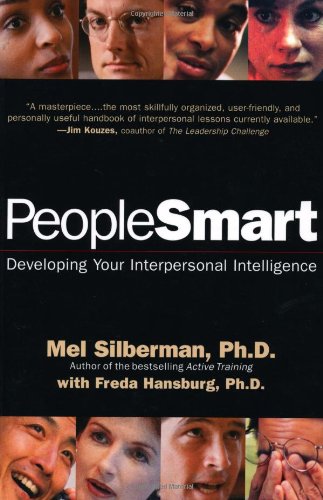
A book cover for PeopleSmart: Developing Your Interpersonal Intelligence; Melvin L. Silberman; Reference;